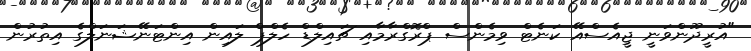
"އުރީދޫންވަނީ ޖީއެސްއޭ ކަނެޓް ވިމެންސް ޕްރޮގްރާމާއި ޗައިލްޑް ހެލްޕް ލައިން އިންޓަނޭޝަނަލްގެ އިތުރުން